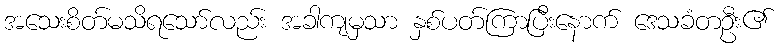
အသေးစိတ်မသိရသော်လည်း အခါကျမှသာ နှစ်ပတ်ကြာပြီးနောက် ဒေသခံတဦး၏